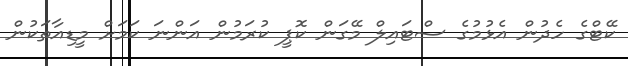
ކޭޓްގެ ހެދުން އެޅުމުގެ ސްޓައިލް މޭގަން ކޮޕީ ކުރަމުން އަންނަ ކަމަށް މީޑިއާތަކުން